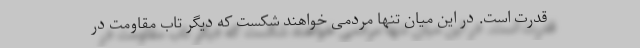
قدرت است. در این میان تنها مردمی خواهند شکست که دیگر تاب مقاومت در